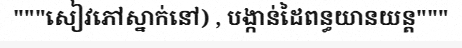
"""សៀវភៅស្នាក់នៅ) , បង្កាន់ដៃពន្ធយានយន្ត"""